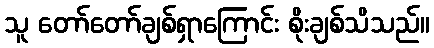
သူ တော်တော်ချစ်ရှာကြောင်း စိုးချစ်သိသည်။